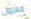
معزول